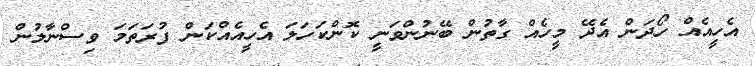
އެހީއެއް ހޯދަން އެދޭ މީހެއް ގާތުން ބޭނުންވަނީ ކޮންކަހަލަ އެހީއެއްކަން ފުރަތަމަ ވިސްނާލުން